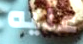
عليه